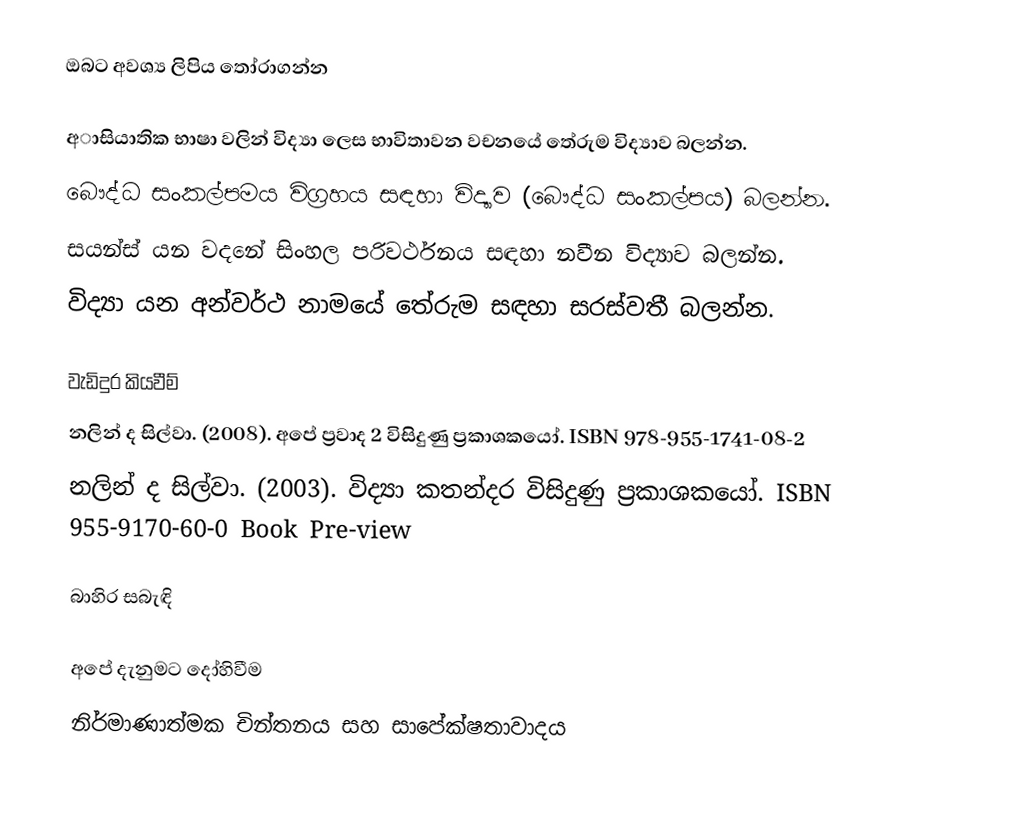
ඔබට අවශ්‍ය ලිපිය තෝරාගන්න

 අාසියාතික භාෂා වලින් විද්‍යා ලෙස භාවිතාවන වචනයේ තේරුම විද්‍යාව බලන්න.
 බෞද්ධ සංකල්පමය විග්‍රහය සඳහා විද්‍යාව (බෞද්ධ සංකල්පය) බලන්න.
 සයන්ස් යන වදනේ සිංහල පරිවර්ථනය සඳහා  නවීන විද්‍යාව බලන්න.
 විද්‍යා යන අන්වර්ථ නාමයේ තේරුම සඳහා සරස්වතී බලන්න.

වැඩිදුර කියවීම්
 නලින් ද සිල්වා. (2008). අපේ ප්‍රවාද 2 විසිදුණු ප්‍රකාශකයෝ. ISBN 978-955-1741-08-2
 නලින් ද සිල්වා. (2003). විද්‍යා කතන්දර විසිදුණු ප්‍රකාශකයෝ. ISBN 955-9170-60-0 Book Pre-view

බාහිර සබැඳි

අපේ දැනුමට දෝහිවීම
 නිර්මාණාත්මක චින්තනය සහ සාපේක්ෂතාවාදය